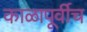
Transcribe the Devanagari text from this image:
काळापूर्वीच